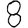
Digit: 8